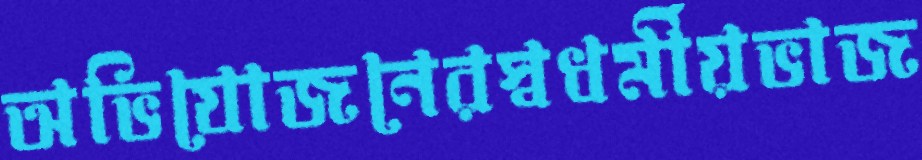
অভিযোজনেরস্বধর্মীয়ভাজ